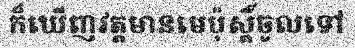
ក៏ឃើញវត្តមានមេប៉ុស្តិ៍ចូលទៅ